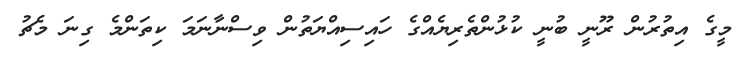
މީގެ އިތުރުން ރޫނީ ބުނީ ކުޅުންތެރިޔެއްގެ ހައިސިއްޔަތުން ވިސްނާނަމަ ކިތަންމެ ގިނަ މެޗު